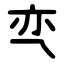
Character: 亪